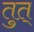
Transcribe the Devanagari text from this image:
तुत्